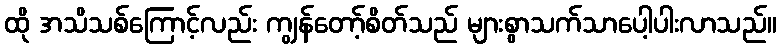
ထို အသိသစ်ကြောင့်လည်း ကျွန်တော့်စိတ်သည် များစွာသက်သာပေါ့ပါးလာသည်။